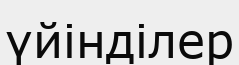
үйінділер